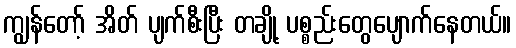
ကျွန်တော့် အိတ် ပျက်စီးပြီး တချို့ ပစ္စည်းတွေပျောက်နေတယ်။